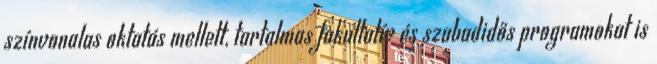
színvonalas oktatás mellett, tartalmas fakultatív és szabadidős programokat is